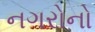
નગરોનો